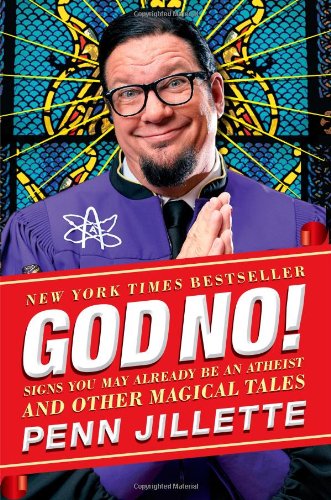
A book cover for God, No!: Signs You May Already Be an Atheist and Other Magical Tales; Penn Jillette; Humor & Entertainment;